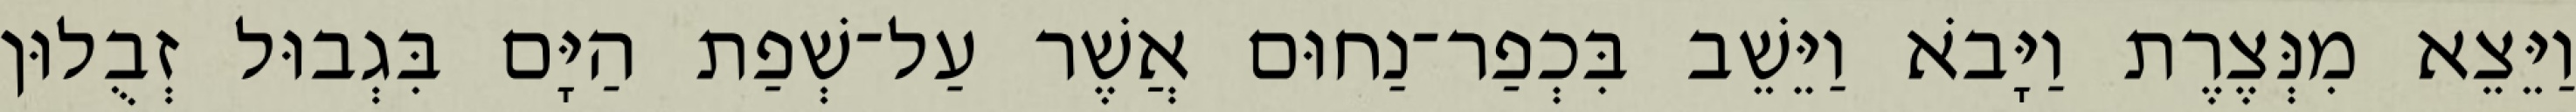
וַיֵּצֵא מִנְּצֶרֶת וַיָּבֹא וַיֵּשֵׁב בִּכְפַר־נַחוּם אֲשֶׁר עַל־שְׁפַת הַיָּם בִּגְבוּל זְבֻלוּן